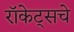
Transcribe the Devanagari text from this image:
रॉकेट्‌सचे